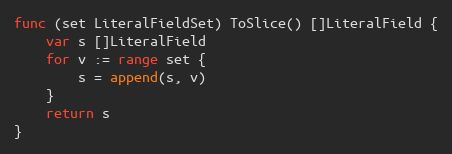
Language: Go
func (set LiteralFieldSet) ToSlice() []LiteralField {
	var s []LiteralField
	for v := range set {
		s = append(s, v)
	}
	return s
}